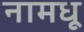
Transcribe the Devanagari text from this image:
नामधू